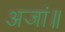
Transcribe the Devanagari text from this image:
अजां॥